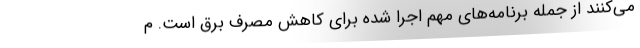
می‌کنند از جمله برنامه‌های مهم اجرا شده برای کاهش مصرف برق است. م